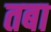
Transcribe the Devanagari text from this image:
तबा